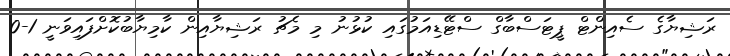
ރަޝިޔާގެ ސެއިންޓް ޕީޓަސްބާގް ސްޓޭޑިއަމުގައި ކުޅުނު މިި މެޗު ރަޝިޔާއިން ކާމިޔާބުކޮށްފައިވަނީ 1-0